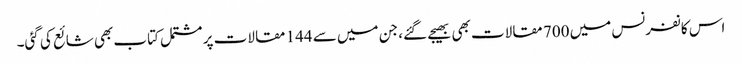
اس کانفرنس میں 700 مقالات بھی بھیجے گئے، جن میں سے 144 مقالات پر مشتمل کتاب بھی شائع کی گئی۔